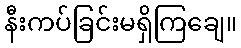
နီးကပ်ခြင်းမရှိကြချေ။